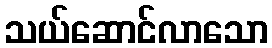
သယ်ဆောင်လာသော